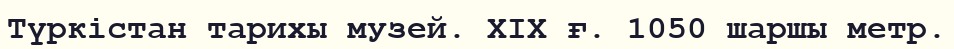
Түркістан тарихы музей. ХІХ ғ. 1050 шаршы метр.